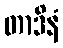
တာဒိနံ